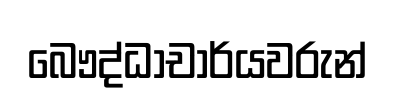
බෞද්ධාචාර්යවරුන්